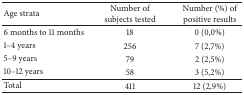
<table><thead><tr><td><b>Age strata</b></td><td><b>Number of subjects tested</b></td><td><b>Number (%) of positive results </b></td></tr></thead><tbody><tr><td>6 months to 11 months</td><td>18</td><td>0 (0,0%)</td></tr><tr><td>1–4 years</td><td>256</td><td>7 (2,7%)</td></tr><tr><td>5–9 years</td><td>79</td><td>2 (2,5%)</td></tr><tr><td>10–12 years</td><td>58</td><td>3 (5,2%)</td></tr><tr><td>Total</td><td>411</td><td>12 (2,9%)</td></tr></tbody></table>